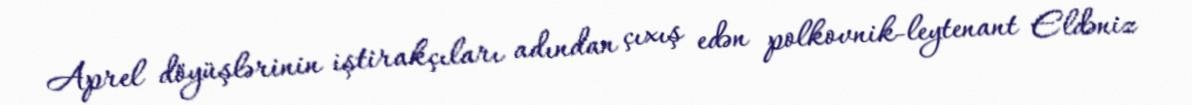
Aprel döyüşlərinin iştirakçıları adından çıxış edən polkovnik-leytenant Eldəniz